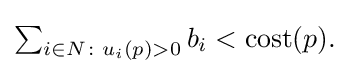
\textstyle \sum _{i\in N\colon u_{i}(p)>0}b_{i}<\mathrm {cost} (p){\text{.}}